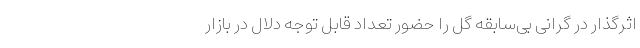
اثرگذار در گرانی بی‌سابقه گل را حضور تعداد قابل توجه دلال در بازار